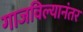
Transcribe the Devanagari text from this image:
गाजविल्यानंतर